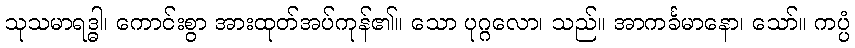
သုသမာရဒ္ဓါ၊ ကောင်းစွာ အားထုတ်အပ်ကုန်၏။ သော ပုဂ္ဂလော၊ သည်။ အာကင်္ခမာနော၊ သော်။ ကပ္ပံ